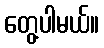
တွေ့ပါမယ်။